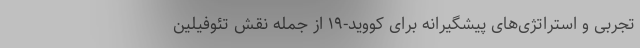
تجربی و استراتژی‌های پیشگیرانه برای کووید-۱۹ از جمله نقش تئوفیلین